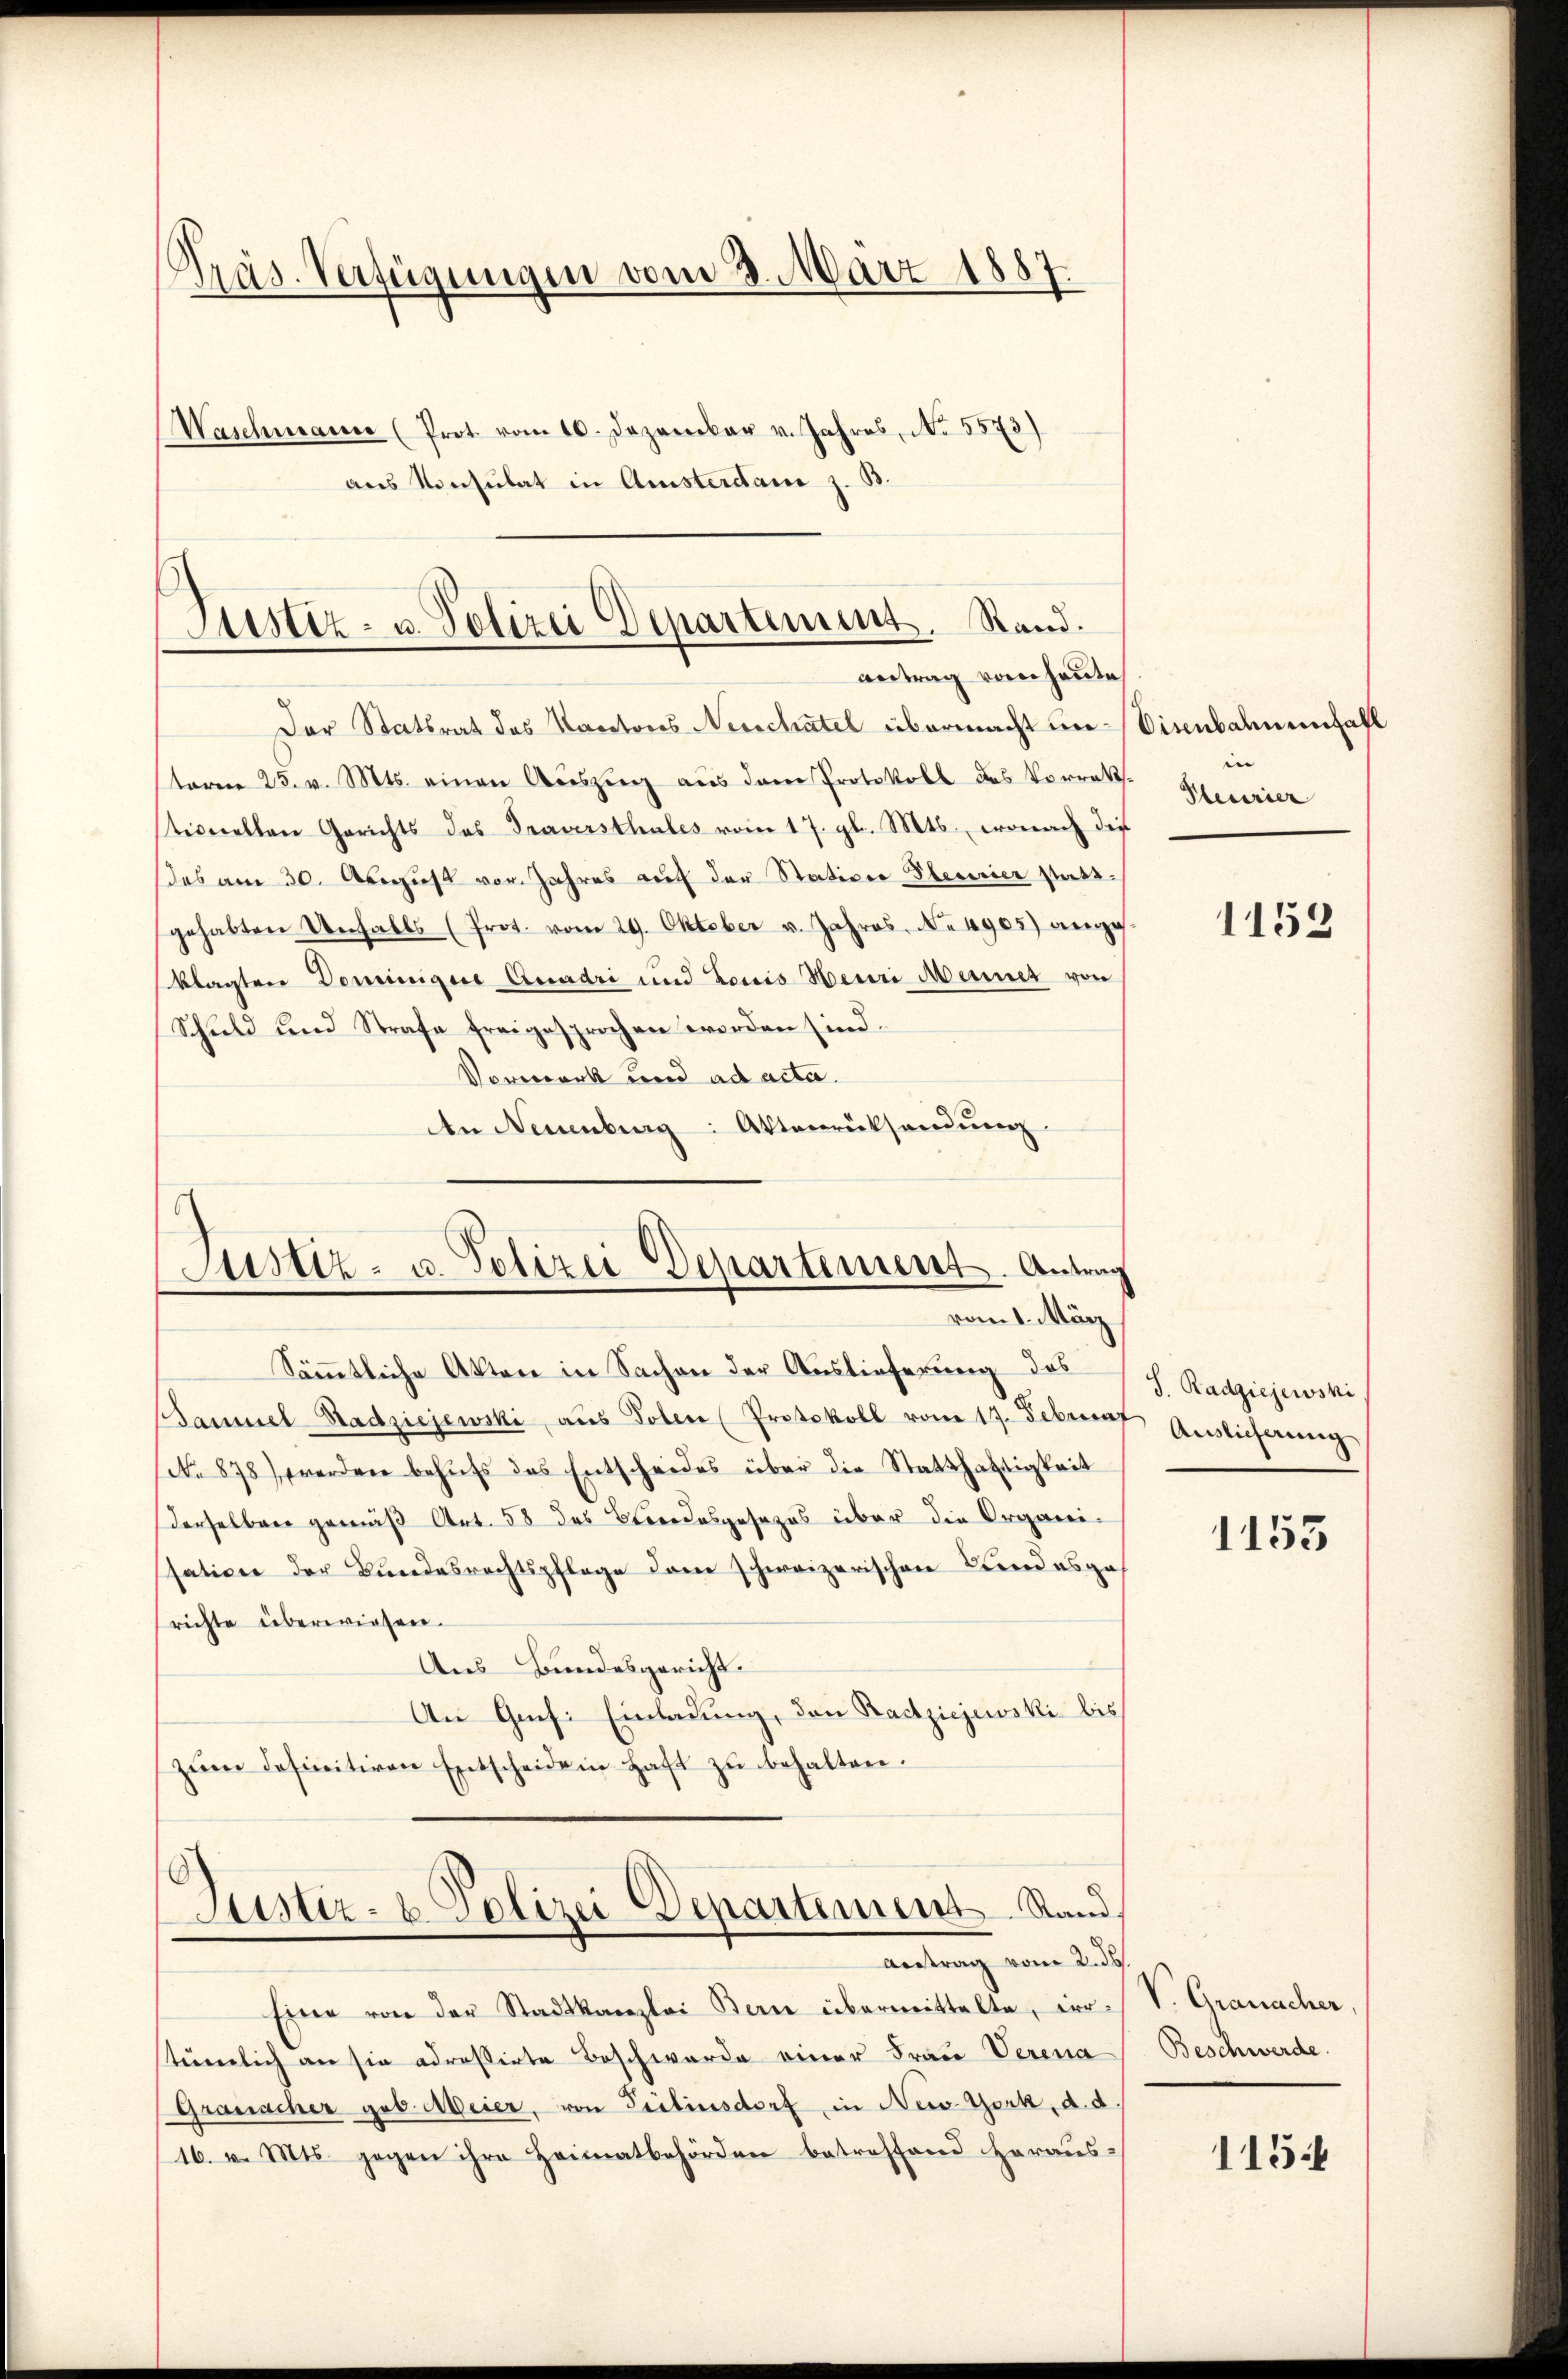
Präs. Verfügungen vom 3. März 1887.
Waschmann (Prot. vom 10. Dezember v. Jahres, No. 5573)
3)
aus Konsulat in Amsterdame z. B.

Der Stattrat des Kantons Neuchatel übermacht unsterm 25. v. Mts. einen Aŭszŭg aus dem Protokoll des Vorrat.
stionellen Gerichts das Traversthales vom 17. gl. Mts., wonach die
das am 30. August vor. Jahres auf der Stativer Oberrier stattgehabten Unfalls (Prot. vom 29. Oktober u. Jahres. No 4905) ange
klagten Dominigere Quadri und Louis Heuri Meines von
Schuld und Strafe freigesprochen worden sind.
Verwerk und ad acta.
An Neuenburg: Aktenrücksendŭng
8

Justiz- u. Polizei Departement. Stand.
antrag vom heute,

Justiz- u. Polizei Departement. Antrag
vom 1. März

Sämmtliche Akten in Sachen der Auslieferung des
Samuel Stadziejewski, aŭs Polen (Protokoll vom 17. Februar Auslicherŭng
No 878) werden behufs des Entscheides über die Statthaftigkeit
derselben gemäß Art. 58 das Brodesgesezes über die Organi-
sation der Bundesrechtspflege dem schweizerischen Kindesga
richte überwiesen.
Aus Bundesgericht.
An Gisi Einladung, den Radtziejewski bis
zŭm definitiven Entscheide in Haft zŭ behalten.

Justiz- & Polizei Departement. Stand,
Antrag vom 2. ds.

Eine von der Stadtkanzlei Berne übermittelte, irrteienlich an sie adreßirte Beschwerde einer Frau Verena
Granacher geb. Meier, von Teilensdorf, in New-York, d. d.
16. v. Mts. gegen ihre Heimatbehörden betreffend heraus-

Disenbahnenfall
Steurier

1153

J. Radziejewski

1153

V. Granacher
Beschwerde.

115